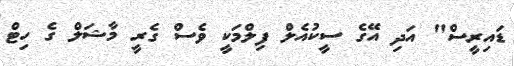
ޑައިރީސް" އަދި އޭގެ ސީކުއެލް ފިލްމަކީ ވެސް ގެރީ މާޝަލް ގެ ހިޓް